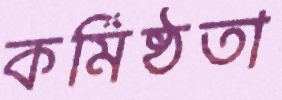
কর্মিষ্ঠতা